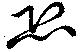
恐